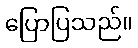
ပြောပြသည်။